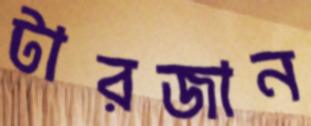
টারজান